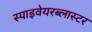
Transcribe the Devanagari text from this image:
स्पाइवेयरब्लास्टर